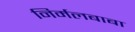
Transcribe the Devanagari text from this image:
निर्मलबाबा